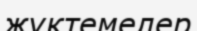
жүктемелер